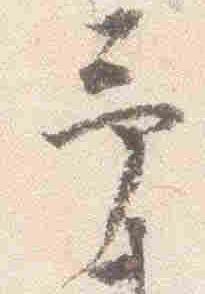
予